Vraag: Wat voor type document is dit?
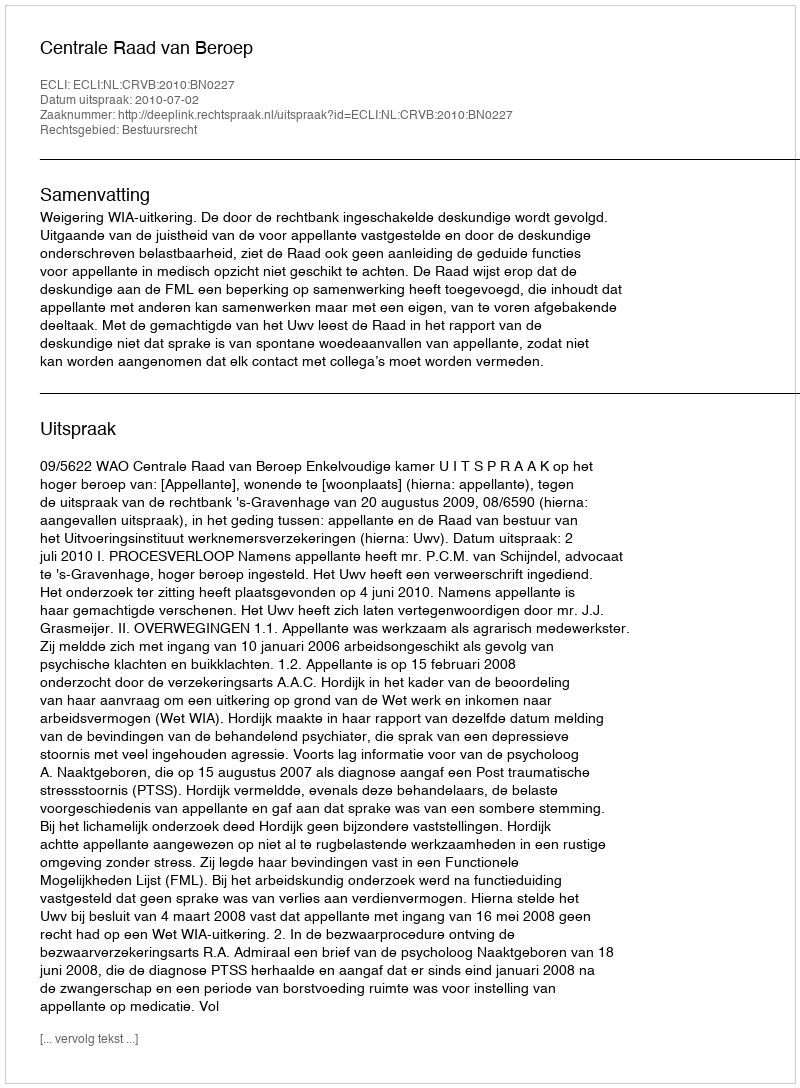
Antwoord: Uitspraak